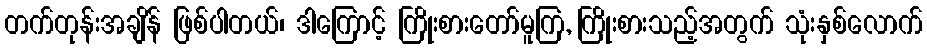
တက်တုန်းအချိန် ဖြစ်ပါတယ်၊ ဒါကြောင့် ကြိုးစားတော်မူကြ, ကြိုးစားသည့်အတွက် သုံးနှစ်လောက်